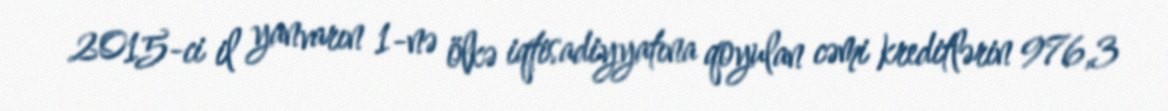
2015-ci il yanvarın 1-nə ölkə iqtisadiyyatına qoyulan cəmi kreditlərin 976,3